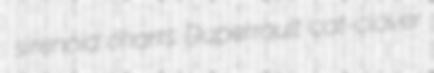
sirenoid charrs Duperrault cat-clover